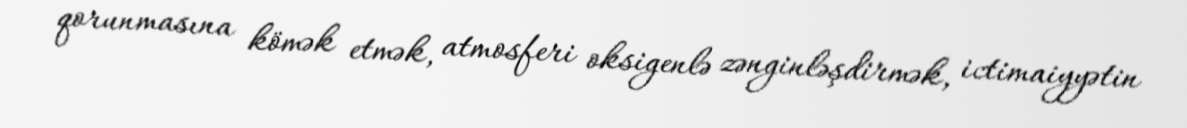
qorunmasına kömək etmək, atmosferi oksigenlə zənginləşdirmək, ictimaiyyətin